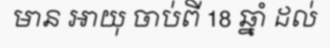
មាន អាយុ ចាប់ពី 18 ឆ្នាំ ដល់